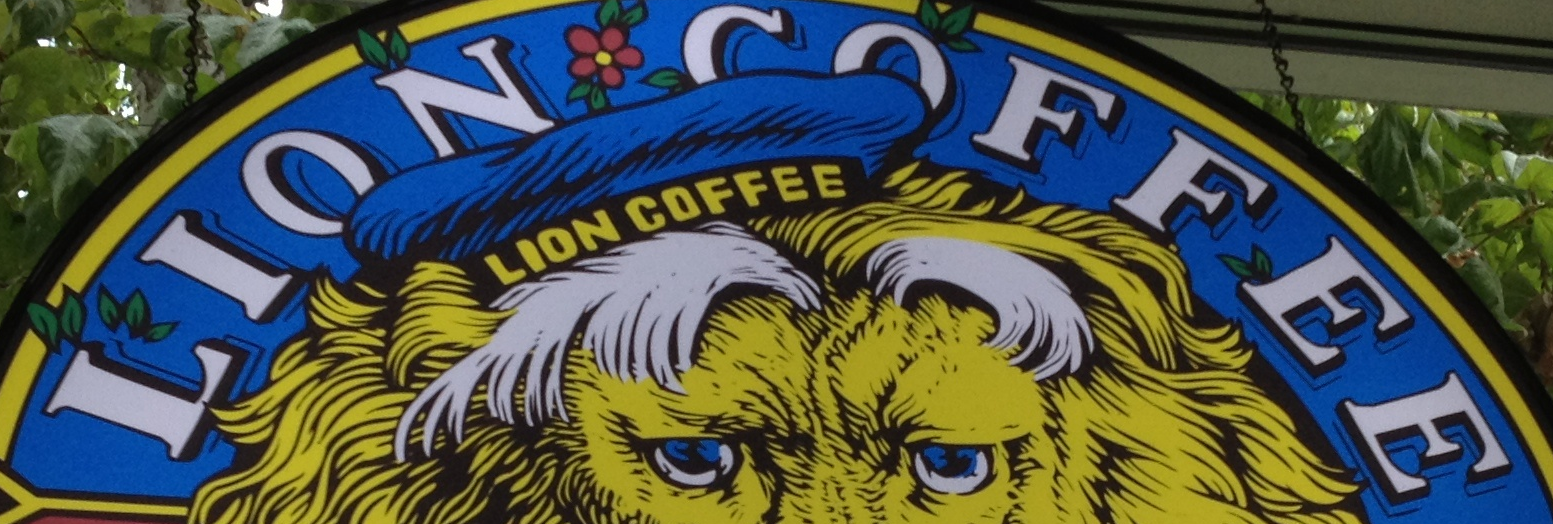
LION COFFEE